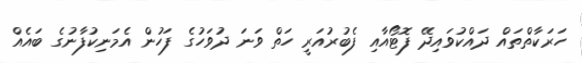
ހަރަކާތްތައް ދައްކުވައިދޭ ފޮޓޯއާއި ފެބުރުއަރީ ހަތް ވަނަ ދުވަހުގެ ފަހުން އެމަނިކުފާނުގެ ބައެއް